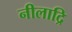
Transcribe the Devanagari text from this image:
नीलाद्रि